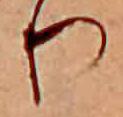
り